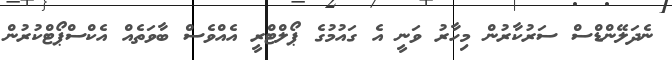
ނެދަލޭންޑްސް ސަރުކާރުން މިހާރު ވަނީ އެ ގައުމުގެ ޕޯލްޓްރީ އެއްވެސް ބާވަތެއް އެކްސްޕޯޓްކުރުން